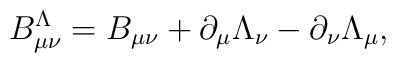
B_{\mu\nu}^\Lambda = B_{\mu\nu} + \partial_\mu \Lambda_\nu  - \partial_\nu \Lambda_\mu ,